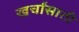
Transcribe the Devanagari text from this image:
खर्चांसाठी